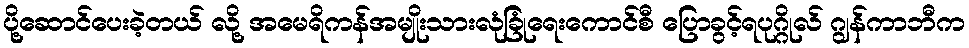
ပို့ဆောင်ပေးခဲ့တယ် လို့ အမေရိကန်အမျိုးသားလုံခြုံရေးကောင်စီ ပြောခွင့်ရပုဂ္ဂိုလ် ဂျွန်ကာဘီက